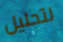
لتحليل